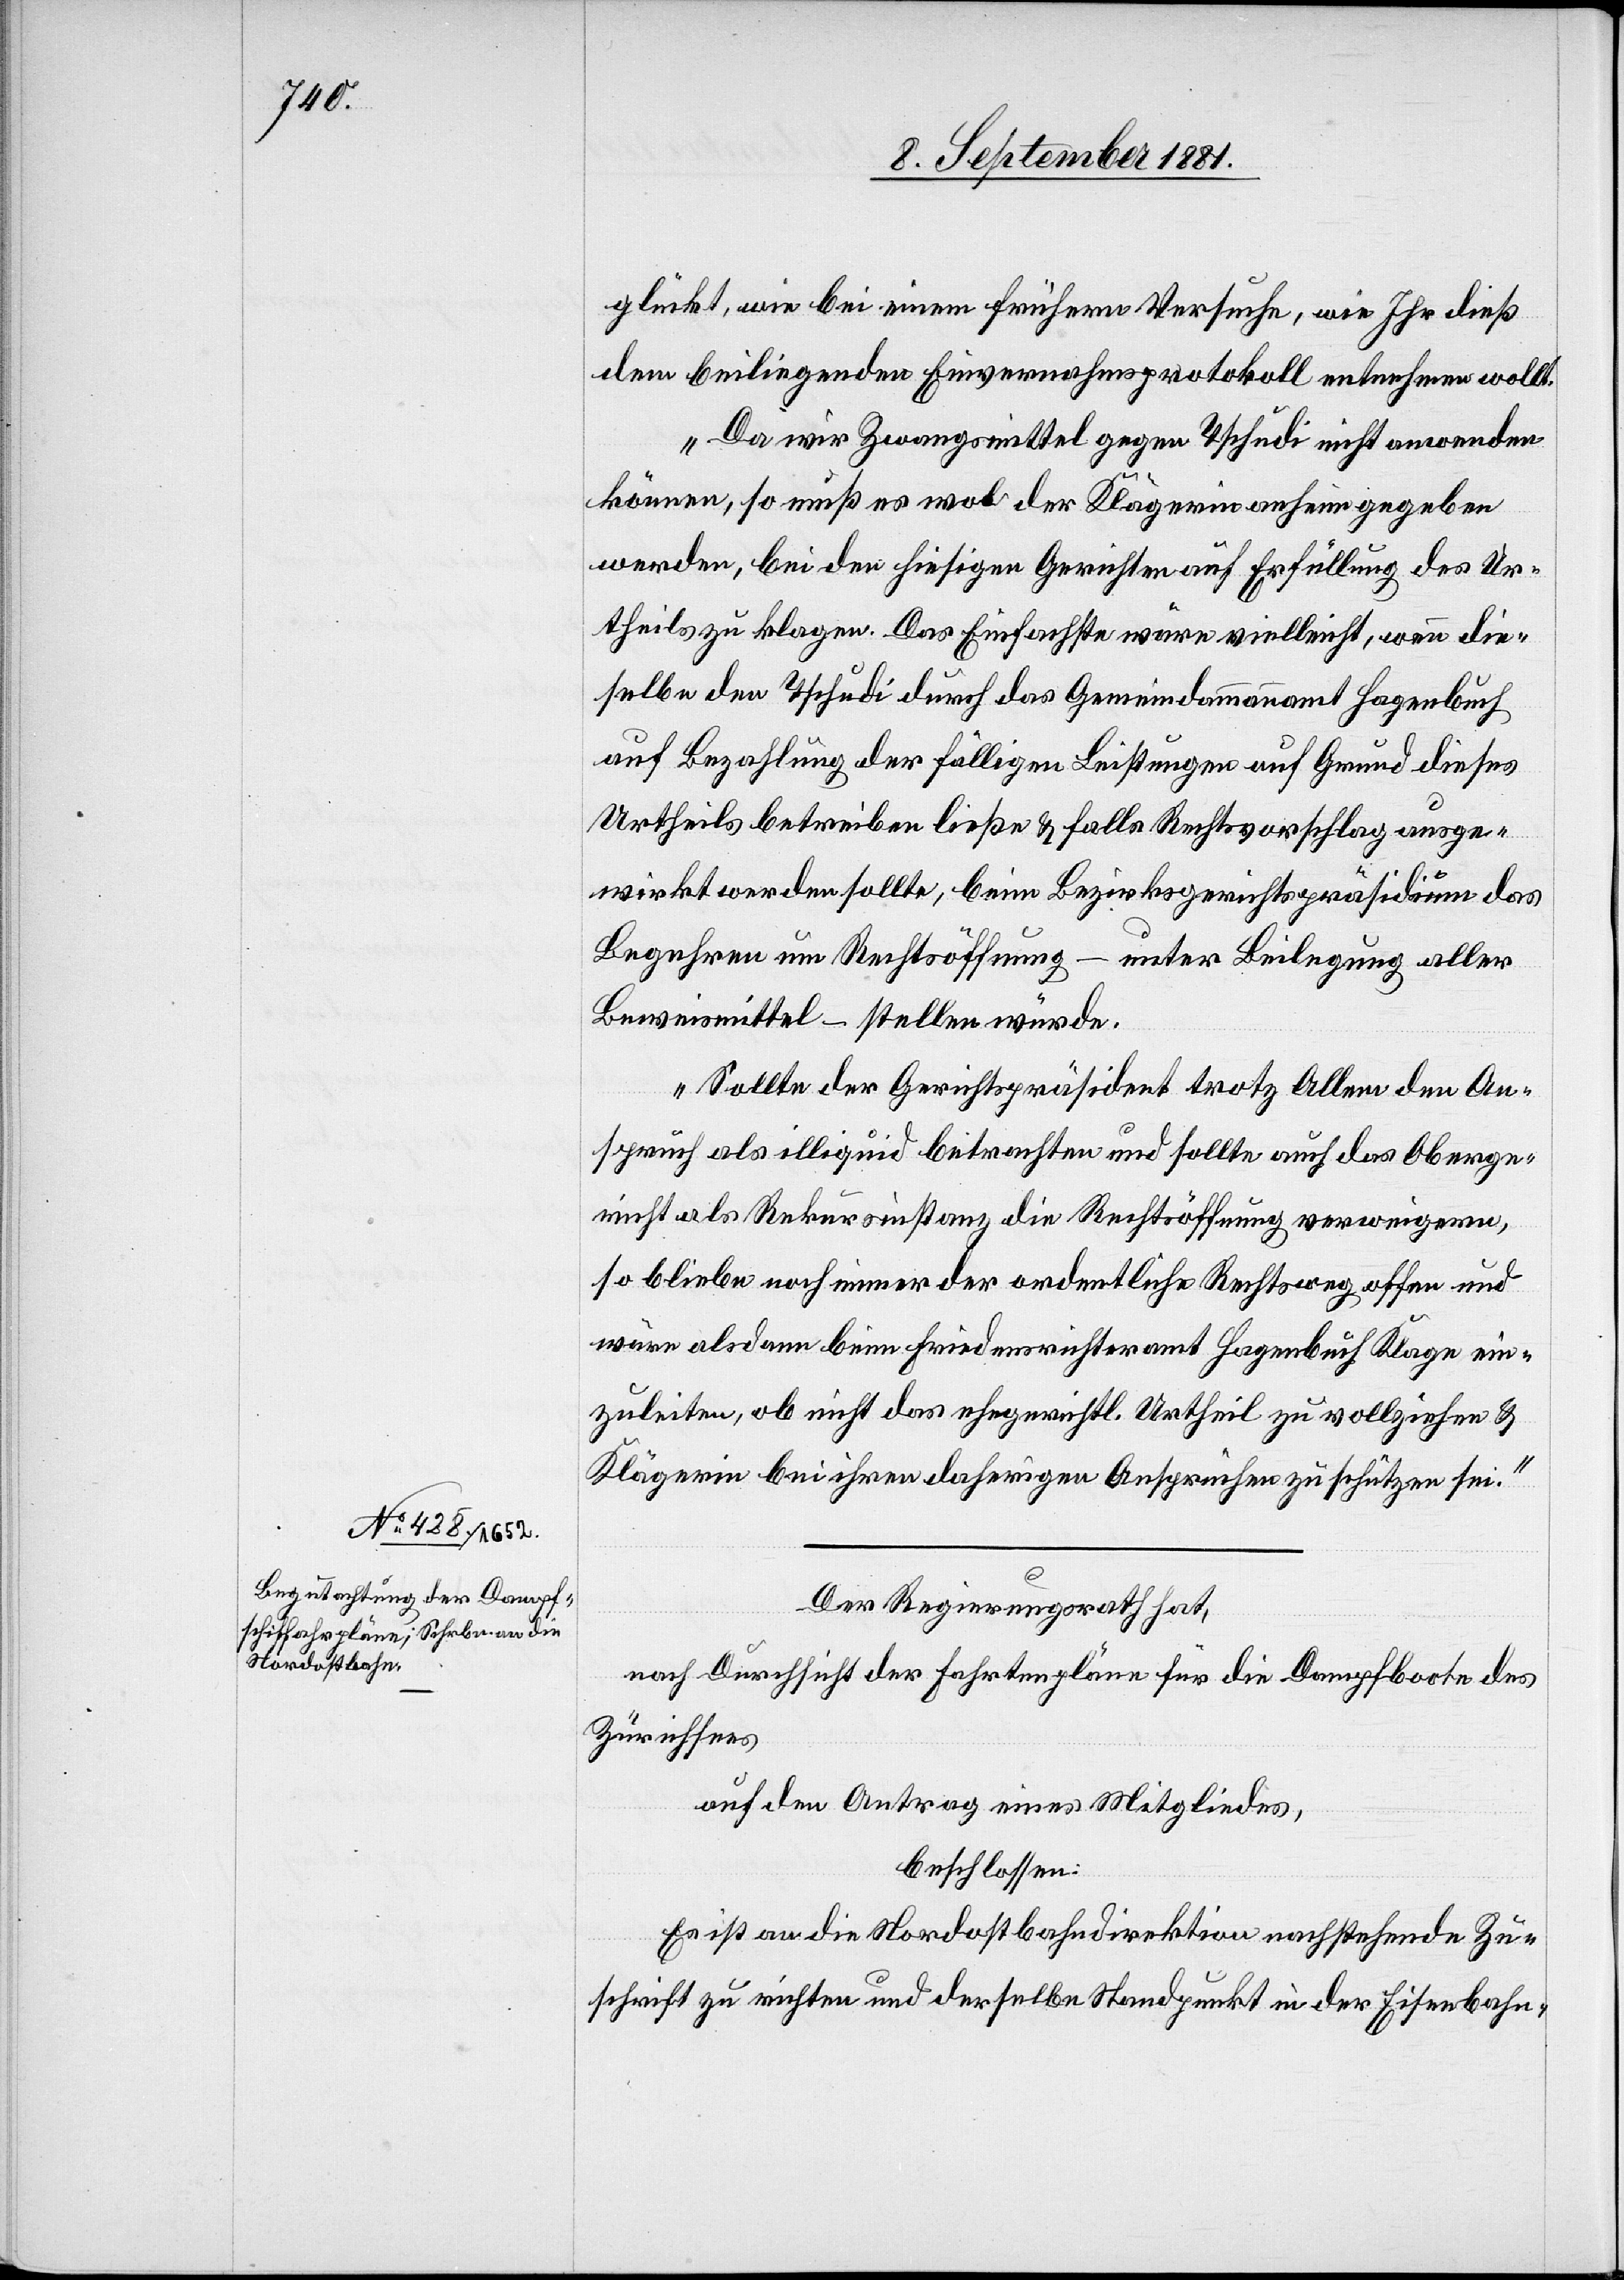
glückt, wie bei einem frühern Versuche, wie Ihr dieß
dem beiliegenden Einvernahmsprotokoll entnehmen wollt.
Da wir Zwangsmittel gegen Tschudi nicht anwenden
können, so muß es wol der Klägerin anheim gegeben
werden, bei den hiesigen Gerichten auf Erfüllung des Ur¬
theils zu klagen. Das Einfachste wäre vielleicht, wenn die¬
selbe den Tschudi durch das Gemeindammannamt Hagenbuch
auf Bezahlung der fälligen Leistungen auf Grund dieses
Urtheils betreiben ließe & falls Rechtsvorschlag ausge¬
wirkt werden sollte, beim Bezirksgerichtspräsidium das
Begehren um Rechtsöffnung – unter Beilegung aller
Beweismittel – stellen würde.
Sollte der Gerichtspräsident trotz Allem den An¬
spruch als illiquid betrachten und sollte auch das Oberge¬
richt als Rekursinstanz die Rechtsöffnung verweigern,
so bliebe noch immer der ordentliche Rechtsweg offen und
wäre alsdann beim Friedensrichteramt Hagenbuch Klage ein¬
zuleiten, ob nicht das ehegerichtl. Urtheil zu vollziehen &
Klägerin bei ihren daherigen Ansprüchen zu schützen sei.“
Der Regierungsrath hat,
nach Durchsicht der Fahrtenpläne für die Dampfboote des
Zürichsees[,]
auf den Antrag eines Mitgliedes,
beschlossen:
Es ist an die Nordostbahndirektion nachstehende Zu¬
schrift zu richten und derselbe Standpunkt in der Eisenbahn-